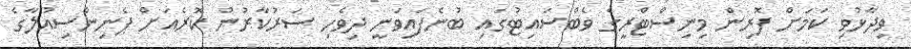
ވިދާޅުވި ކަމަށް ފޮރިން މިނިސްޓްރީގެ ވެބްސައިޓުގައި ބުނެފައިވަނީ ދިވެހި ސަރުކާރުން ކޮރެއަށް ޕެނިންސިއުލާގެ